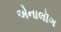
એનાલૉગ